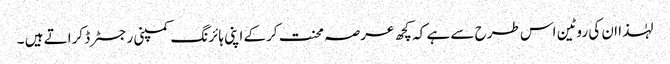
لہٰذا ان کی روٹین اس طرح سے ہے کہ کچھ عرصہ محنت کرکے اپنی ہائرنگ کمپنی رجسٹرڈ کراتے ہیں ۔